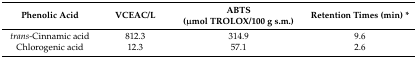
| Phenolic Acid | VCEAC/L | ABTS (μmol TROLOX/100 g s.m.) | Retention Times (min) * |
 | --- | --- | --- | --- |
 | trans-Cinnamic acid | 812.3 | 314.9 | 9.6 |
 | Chlorogenic acid | 12.3 | 57.1 | 2.6 |